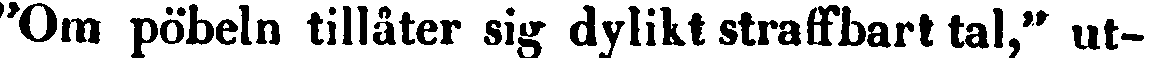
"Om pöbeln tillåter sig dylikt straffbart tal," ut-